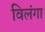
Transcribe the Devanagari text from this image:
विलंगा